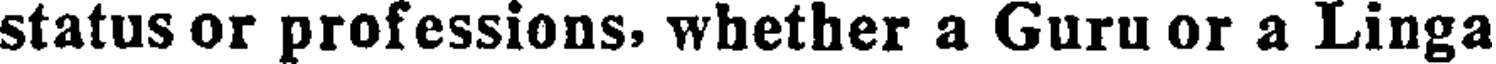
status or professions, whether a Guru or a Linga